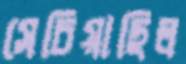
সেচিয়াছিল